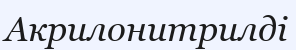
Акрилонитрилді